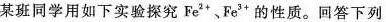
某班同学用如下实验探究Fe^{2+}、Fe^{3+}的性质。回答下列